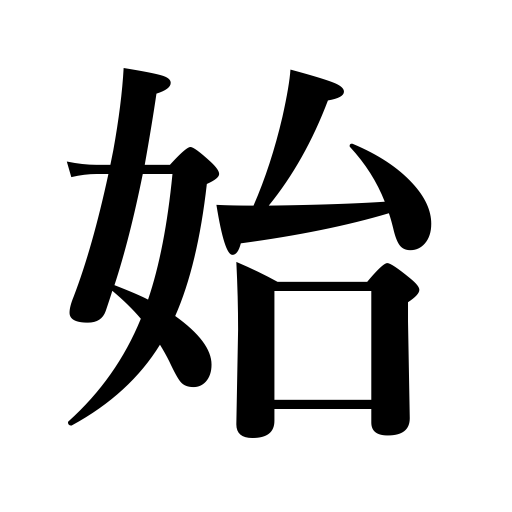
Meanings: begin,open,arise,date from,originate in,season sets in,originate,beginning,inaugurate,initiate,break out,start